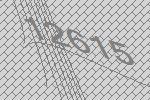
12615